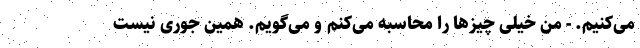
می‌کنیم. - من خیلی چیزها را محاسبه می‌کنم و می‌گویم. همین جوری نیست